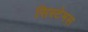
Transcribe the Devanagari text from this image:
सिस्टेमस